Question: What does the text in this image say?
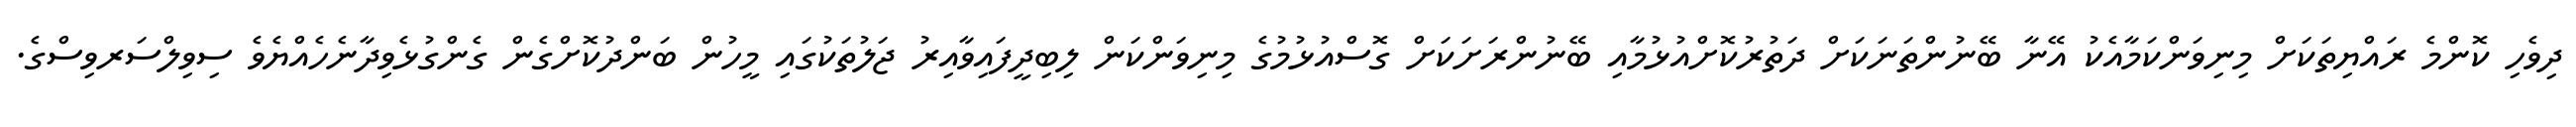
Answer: ދިވެހި ކޮންމެ ރައްޔިތަކަށް މިނިވަންކަމާއެކު އޭނާ ބޭނުންތަނަކަށް ދަތުރުކޮށްއުޅުމާއި ބޭނުންރަށަކަށް ގޮސްއުޅުމުގެ މިނިވަންކަން ލިބިދީފައިވާއިރު ޖަލުތަކުގައި މީހުން ބަންދުކޮށްގެން ގެންގުޅެވިދާނެހެއްޔެވެ ސިވިލްސަރވިސްގެ.